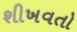
શીખવતો